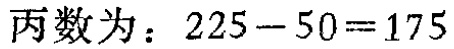
丙数为：\(225 - 50 = 175\)